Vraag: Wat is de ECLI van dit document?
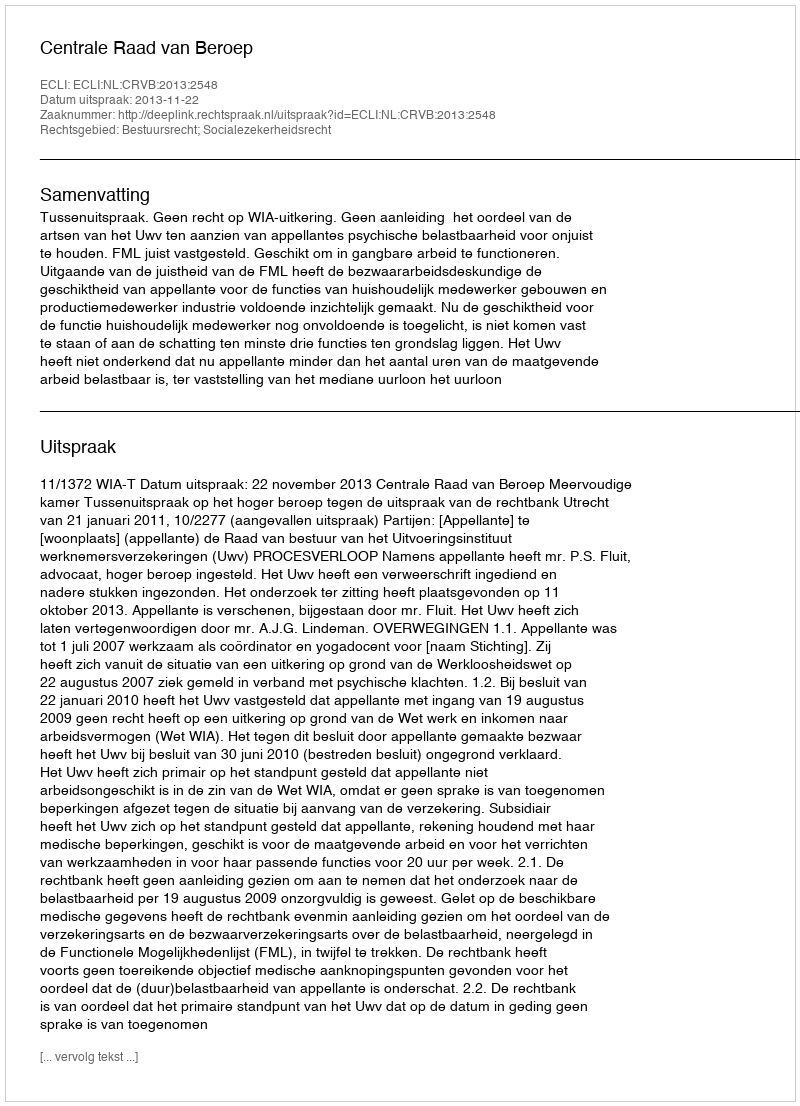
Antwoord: ECLI:NL:CRVB:2013:2548